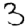
Digit: 3